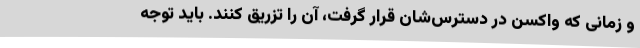
و زمانی که واکسن در دسترس‌شان قرار گرفت، آن را تزریق کنند. باید توجه